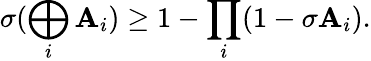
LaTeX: \sigma(\bigoplus_{i}\mathbf{A}_{i})\geq1-\prod_{i}(1-\sigma\mathbf{A}_{i}).